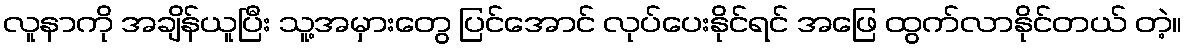
လူနာကို အချိန်ယူပြီး သူ့အမှားတွေ ပြင်အောင် လုပ်ပေးနိုင်ရင် အဖြေ ထွက်လာနိုင်တယ် တဲ့။